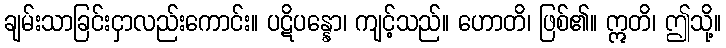
ချမ်းသာခြင်းငှာလည်းကောင်း။ ပဋိပန္နော၊ ကျင့်သည်။ ဟောတိ၊ ဖြစ်၏။ ဣတိ၊ ဤသို့။